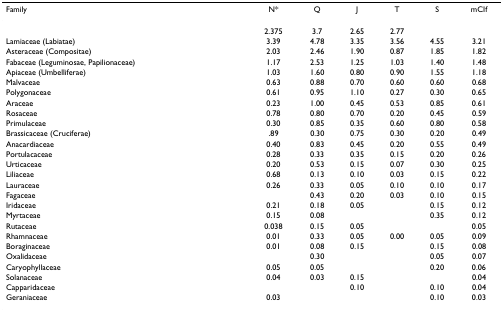
<table><thead><tr><td><b>Family</b></td><td><b>N*</b></td><td><b>Q</b></td><td><b>J</b></td><td><b>T</b></td><td><b>S</b></td><td><b>mCIf</b></td></tr></thead><tbody><tr><td></td><td>2.375</td><td>3.7</td><td>2.65</td><td>2.77</td><td></td><td></td></tr><tr><td>Lamiaceae (Labiatae)</td><td>3.39</td><td>4.78</td><td>3.35</td><td>3.56</td><td>4.55</td><td>3.21</td></tr><tr><td>Asteraceae (Compositae)</td><td>2.03</td><td>2.46</td><td>1.90</td><td>0.87</td><td>1.85</td><td>1.82</td></tr><tr><td>Fabaceae (Leguminosae, Papilionaceae)</td><td>1.17</td><td>2.53</td><td>1.25</td><td>1.03</td><td>1.40</td><td>1.48</td></tr><tr><td>Apiaceae (Umbelliferae)</td><td>1.03</td><td>1.60</td><td>0.80</td><td>0.90</td><td>1.55</td><td>1.18</td></tr><tr><td>Malvaceae</td><td>0.63</td><td>0.88</td><td>0.70</td><td>0.60</td><td>0.60</td><td>0.68</td></tr><tr><td>Polygonaceae</td><td>0.61</td><td>0.95</td><td>1.10</td><td>0.27</td><td>0.30</td><td>0.65</td></tr><tr><td>Araceae</td><td>0.23</td><td>1.00</td><td>0.45</td><td>0.53</td><td>0.85</td><td>0.61</td></tr><tr><td>Rosaceae</td><td>0.78</td><td>0.80</td><td>0.70</td><td>0.20</td><td>0.45</td><td>0.59</td></tr><tr><td>Primulaceae</td><td>0.30</td><td>0.85</td><td>0.35</td><td>0.60</td><td>0.80</td><td>0.58</td></tr><tr><td>Brassicaceae (Cruciferae)</td><td>.89</td><td>0.30</td><td>0.75</td><td>0.30</td><td>0.20</td><td>0.49</td></tr><tr><td>Anacardiaceae</td><td>0.40</td><td>0.83</td><td>0.45</td><td>0.20</td><td>0.55</td><td>0.49</td></tr><tr><td>Portulacaceae</td><td>0.28</td><td>0.33</td><td>0.35</td><td>0.15</td><td>0.20</td><td>0.26</td></tr><tr><td>Urticaceae</td><td>0.20</td><td>0.53</td><td>0.15</td><td>0.07</td><td>0.30</td><td>0.25</td></tr><tr><td>Liliaceae</td><td>0.68</td><td>0.13</td><td>0.10</td><td>0.03</td><td>0.15</td><td>0.22</td></tr><tr><td>Lauraceae</td><td>0.26</td><td>0.33</td><td>0.05</td><td>0.10</td><td>0.10</td><td>0.17</td></tr><tr><td>Fagaceae</td><td></td><td>0.43</td><td>0.20</td><td>0.03</td><td>0.10</td><td>0.15</td></tr><tr><td>Iridaceae</td><td>0.21</td><td>0.18</td><td>0.05</td><td></td><td>0.15</td><td>0.12</td></tr><tr><td>Myrtaceae</td><td>0.15</td><td>0.08</td><td></td><td></td><td>0.35</td><td>0.12</td></tr><tr><td>Rutaceae</td><td>0.038</td><td>0.15</td><td>0.05</td><td></td><td></td><td>0.05</td></tr><tr><td>Rhamnaceae</td><td>0.01</td><td>0.33</td><td>0.05</td><td>0.00</td><td>0.05</td><td>0.09</td></tr><tr><td>Boraginaceae</td><td>0.01</td><td>0.08</td><td>0.15</td><td></td><td>0.15</td><td>0.08</td></tr><tr><td>Oxalidaceae</td><td></td><td>0.30</td><td></td><td></td><td>0.05</td><td>0.07</td></tr><tr><td>Caryophyllaceae</td><td>0.05</td><td>0.05</td><td></td><td></td><td>0.20</td><td>0.06</td></tr><tr><td>Solanaceae</td><td>0.04</td><td>0.03</td><td>0.15</td><td></td><td></td><td>0.04</td></tr><tr><td>Capparidaceae</td><td></td><td></td><td>0.10</td><td></td><td>0.10</td><td>0.04</td></tr><tr><td>Geraniaceae</td><td>0.03</td><td></td><td></td><td></td><td>0.10</td><td>0.03</td></tr></tbody></table>